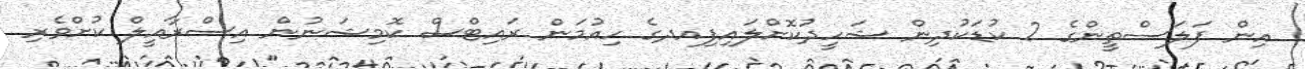
އިން ފަލަސްތީންގެ 2 ކުޑަކުދިން ޝަހީދުކޮށްލައިފިއދގެ ހިއުމަން ރައިޓްސް ކޮމިޝަނުން އިސްރާއީލް ކުށްވެރި